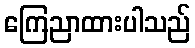
ကြေညာထားပါသည်